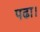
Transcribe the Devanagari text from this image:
पढा।